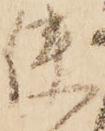
使